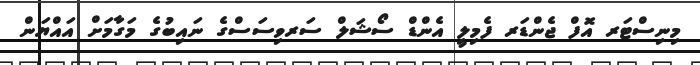
މިނިސްޓަރ އޮފް ޖެންޑަރ ފެމިލީ އެންޑް ސޯޝަލް ސަރވިސަސްގެ ނައިބުގެ މަގާމަށް އައްޔަން